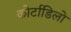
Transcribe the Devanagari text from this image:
कोर्टाडिलो